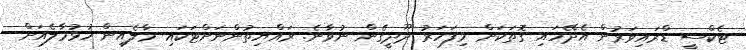
ޓެކްސީ ޑްރައިވަރުން އެދޭހައި ގޮތަކަށް މިފަހަރު ދޫދީގެން ނުވާނެ. ރައްޔިތުންނަށްޓަކައި މާލެއިން ހުޅުމާލެއަށް